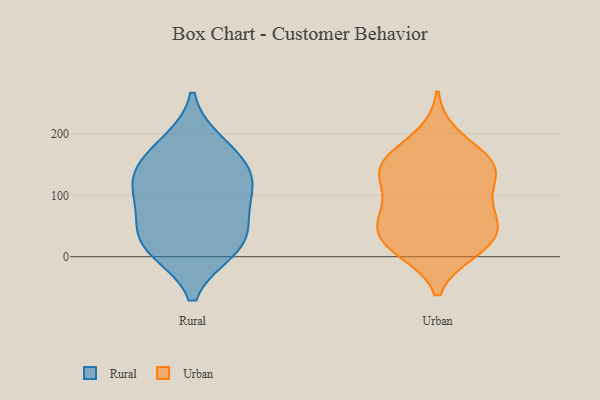
{"axis": {"x": "Satisfaction Score", "y": "Value"}, "legend": ["Rural", "Urban"], "data": [{"x": "", "y": 184, "type": "Rural"}, {"x": "", "y": 12, "type": "Rural"}, {"x": "", "y": 110, "type": "Rural"}, {"x": "", "y": 88, "type": "Rural"}, {"x": "", "y": 163, "type": "Rural"}, {"x": "", "y": 12, "type": "Rural"}, {"x": "", "y": 136, "type": "Rural"}, {"x": "", "y": 123, "type": "Rural"}, {"x": "", "y": 49, "type": "Rural"}, {"x": "", "y": 33, "type": "Rural"}, {"x": "", "y": 140, "type": "Urban"}, {"x": "", "y": 127, "type": "Urban"}, {"x": "", "y": 71, "type": "Urban"}, {"x": "", "y": 44, "type": "Urban"}, {"x": "", "y": 12, "type": "Urban"}, {"x": "", "y": 27, "type": "Urban"}, {"x": "", "y": 87, "type": "Urban"}, {"x": "", "y": 154, "type": "Urban"}, {"x": "", "y": 155, "type": "Urban"}, {"x": "", "y": 52, "type": "Urban"}, {"x": "", "y": 27, "type": "Urban"}, {"x": "", "y": 10, "type": "Urban"}, {"x": "", "y": 139, "type": "Urban"}, {"x": "", "y": 80, "type": "Urban"}, {"x": "", "y": 151, "type": "Urban"}, {"x": "", "y": 196, "type": "Urban"}]}